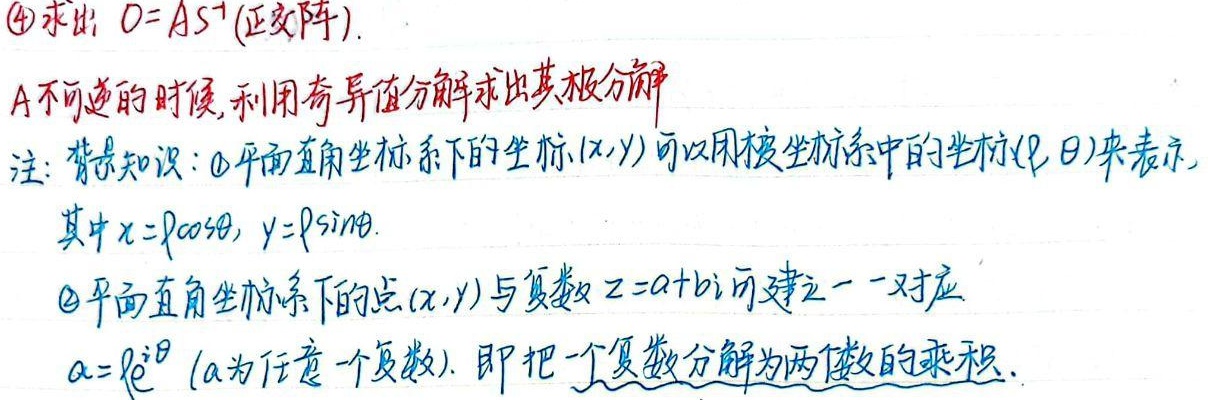
\textcircled{4} 求出：\(O = AS^{-1}\)(正交阵)。\(A\) 不可逆的时候，利用奇异值分解求出其极分解。

注：背景知识：
\textcircled{1} 平面直角坐标系下的坐标 \((x,y)\) 可以用极坐标系中的坐标 \((\rho,\theta)\) 来表示，其中 \(x = \rho\cos\theta\)，\(y = \rho\sin\theta\)。
\textcircled{2} 平面直角坐标系下的点 \((x,y)\) 与复数 \(z = a + bi\) 可建立一一对应\(\alpha=\rho e^{i\theta}\) (\(\alpha\) 为任意一个复数)。即把一个复数分解为两数的乘积。